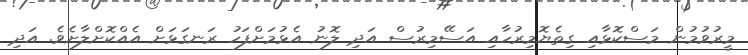
މީރުވުމުން މަސްކޮޅާއި ގިތެޔޮމިރުހާއި އަސޭމިރުސް އަދި ލޮނު އެޅުމަށްފަހު ރަނގަޅަށް އެއްކޮށްލާށެވެ. އަދި